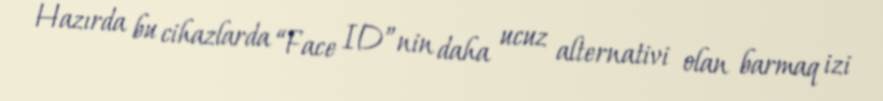
Hazırda bu cihazlarda “Face ID”nin daha ucuz alternativi olan barmaq izi